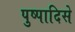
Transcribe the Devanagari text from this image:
पुष्पादिसे